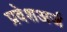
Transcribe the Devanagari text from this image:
प्रवेशअर्ज